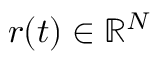
\boldsymbol { r } ( t ) \in \mathbb { R } ^ { N }